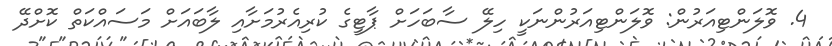
4. ވޮލަންޓިއަރުން: ވޮލަންޓިއަރުންނަކީ ހިލޭ ސާބަހަށް ޕާޓީގެ ކުރިއެރުމަށާއި ލާބައަށް މަސައްކަތް ކޮށްދޭ